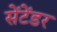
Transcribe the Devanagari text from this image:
सेंटेंडर